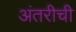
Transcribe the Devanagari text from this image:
अंतरीची